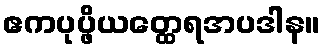
ဧကပုပ္ဖိယတ္ထေရအပဒါန။